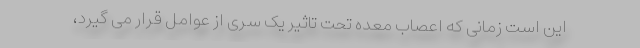
این است زمانی که اعصاب معده تحت تاثیر یک سری از عوامل قرار می گیرد،